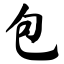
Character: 包